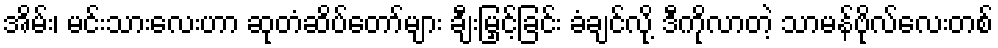
အိမ်း၊ မင်းသားလေးဟာ ဆုတံဆိပ်တော်များ ချီးမြှင့်ခြင်း ခံချင်လို့ ဒီကိုလာတဲ့ သာမန်ဗိုလ်လေးတစ်